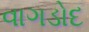
વાગડોદ